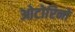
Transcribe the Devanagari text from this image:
ओटोरिनो